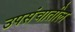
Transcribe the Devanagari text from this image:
उपसंचातील